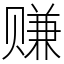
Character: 赚